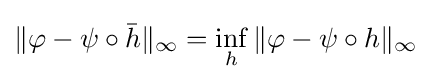
\|\varphi -\psi \circ {\bar {h}}\|_{\infty }=\inf _{h}\|\varphi -\psi \circ h\|_{\infty }\